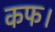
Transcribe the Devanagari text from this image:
कफ।